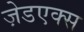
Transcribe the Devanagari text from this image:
ज़ेडएक्स